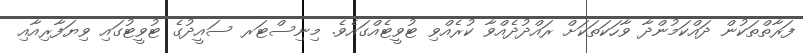
ފަރާތްތަކުން ދައްކަމުންދާ ވާހަކަތަކަށް ރައްދުދެއްވާ ކުރެއްވި ޓުވީޓެއްގައެވެ. މިނިސްޓަރ ސައީދުގެ ޓުވީޓުގައި ވިޔަފާރިއާއި